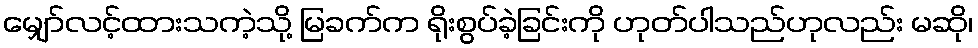
မျှော်လင့်ထားသကဲ့သို့ မြခက်က ရိုးစွပ်ခဲ့ခြင်းကို ဟုတ်ပါသည်ဟုလည်း မဆို၊